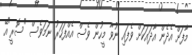
މާފަށް އެދެން އާދައަކަށް ވެފައި ނުވާ މީހުން ވެސް އެއްފަހަރު ނަމަވެސް "ސޮރީ"އޭ